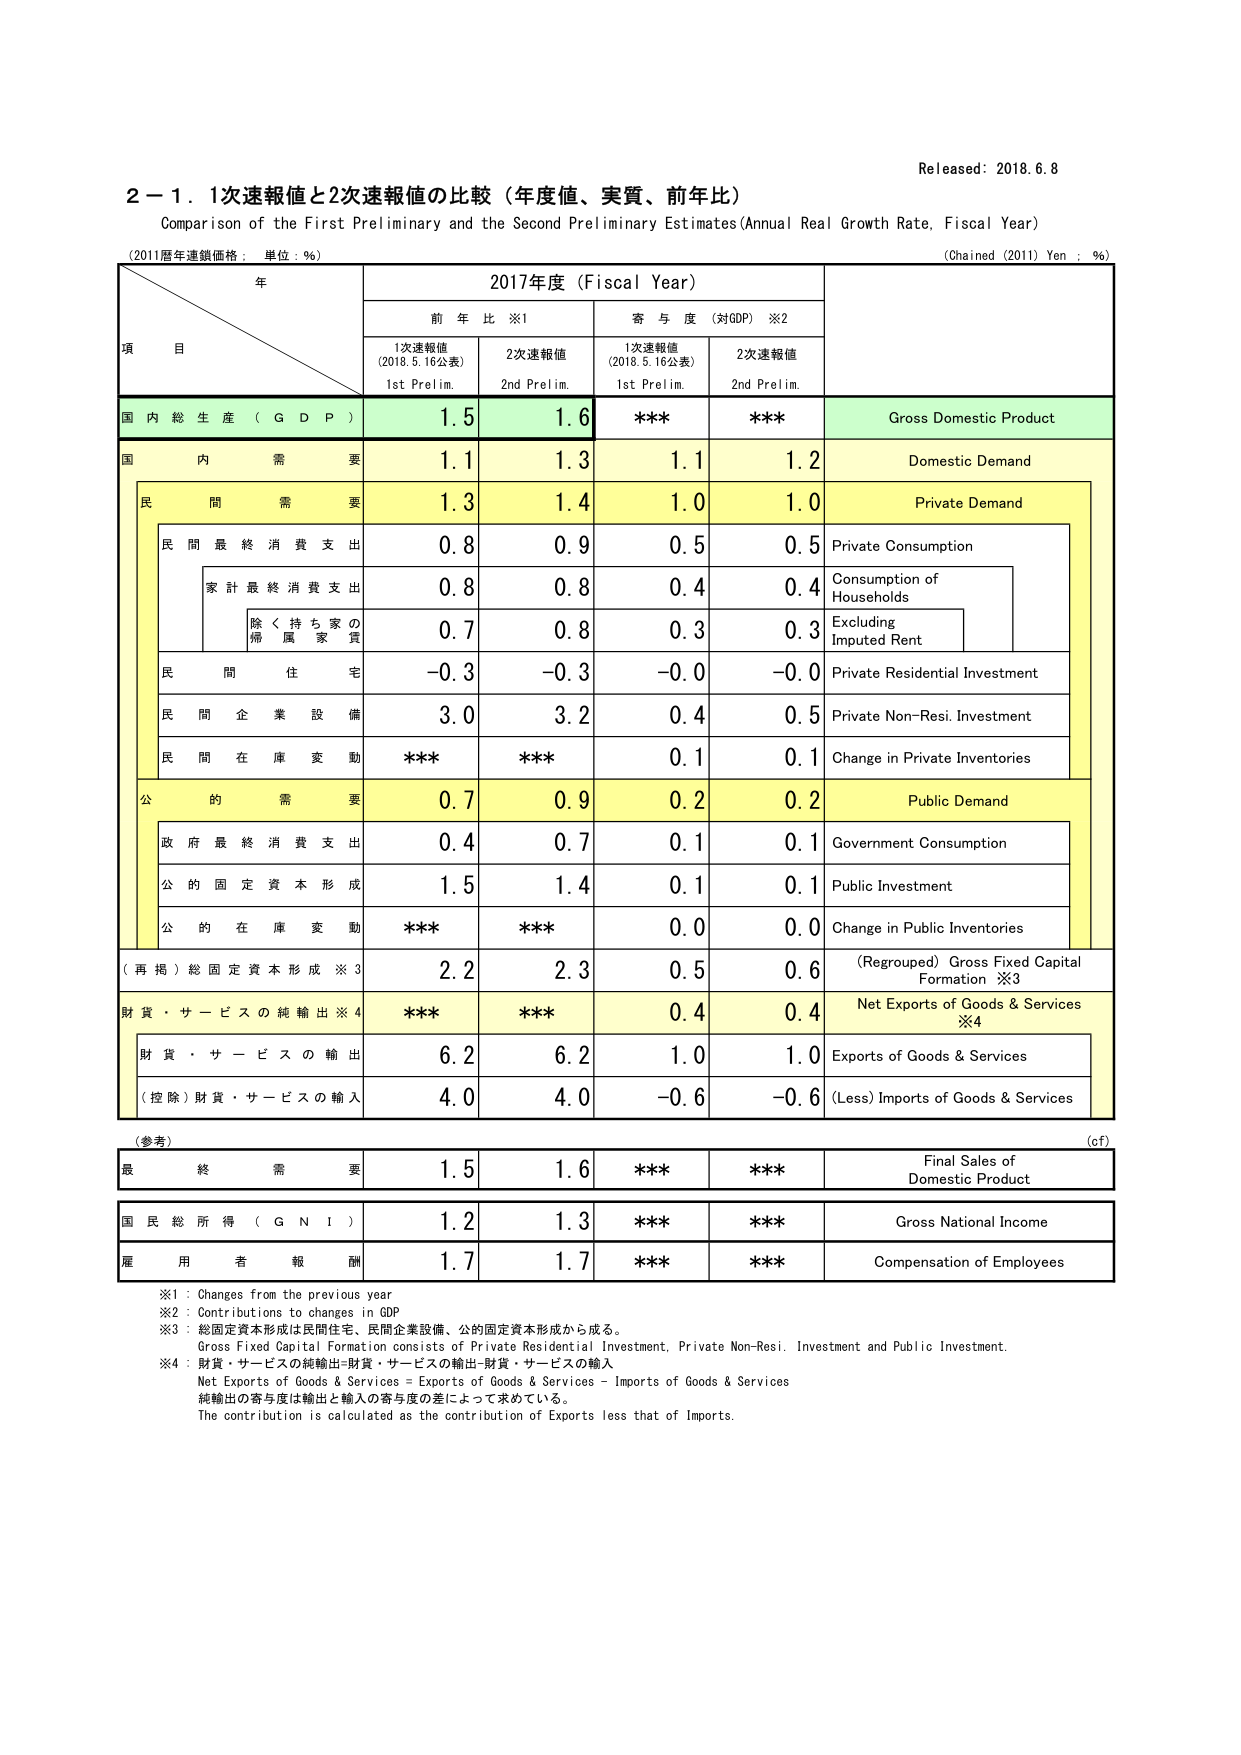
Released: 2018.6.8

2－1．1次速報値と2次速報値の比較（年度値、実質、前年比）
Comparison of the First Preliminary and the Second Preliminary Estimates (Annual Real Growth Rate, Fiscal Year)

(2011暦年連鎖価格：単位：％)
(Chained (2011) Yen : %)

年
項 目
2017年度（Fiscal Year）
前 年 比 ※1
寄 与 度（対GDP）※2
1次速報値
(2018.5.16公表)
1st Prelim.
2次速報値
2nd Prelim.
1次速報値
(2018.5.16公表)
1st Prelim.
2次速報値
2nd Prelim.

国 内 総 生 産（G D P）
1.5
1.6
***
***
Gross Domestic Product

国 内 需 要
1.1
1.3
1.1
1.2
Domestic Demand

民 間 需 要
1.3
1.4
1.0
1.0
Private Demand

民 間 最 終 消 費 支 出
0.8
0.9
0.5
0.5
Private Consumption

家 計 最 終 消 費 支 出
0.8
0.8
0.4
0.4
Consumption of Households

除 く 持 ち 家 の
帰 属 家 賃
0.7
0.8
0.3
0.3
Excluding Imputed Rent

民 間 住 宅
-0.3
-0.3
-0.0
-0.0
Private Residential Investment

民 間 企 業 設 備
3.0
3.2
0.4
0.5
Private Non-Resi. Investment

民 間 在 庫 変 動
***
***
0.1
0.1
Change in Private Inventories

公 的 需 要
0.7
0.9
0.2
0.2
Public Demand

政 府 最 終 消 費 支 出
0.4
0.7
0.1
0.1
Government Consumption

公 的 固 定 資 本 形 成
1.5
1.4
0.1
0.1
Public Investment

公 的 在 庫 変 動
***
***
0.0
0.0
Change in Public Inventories

（再 掲）総 固 定 資 本 形 成 ※3
2.2
2.3
0.5
0.6
（Regrouped）Gross Fixed Capital Formation ※3

財 貨・サ ー ビ ス の 純 輸 出 ※4
***
***
0.4
0.4
Net Exports of Goods & Services ※4

財 貨・サ ー ビ ス の 輸 出
6.2
6.2
1.0
1.0
Exports of Goods & Services

（控 除）財 貨・サ ー ビ ス の 輸 入
4.0
4.0
-0.6
-0.6
(Less) Imports of Goods & Services

（参考）
最 終 需 要
1.5
1.6
***
***
Final Sales of Domestic Product

国 民 総 所 得（G N I）
1.2
1.3
***
***
Gross National Income

雇 用 者 報 酬
1.7
1.7
***
***
Compensation of Employees

※1：Changes from the previous year
※2：Contributions to changes in GDP
※3：総固定資本形成は民間住宅、民間企業設備、公的固定資本形成から成る。
Gross Fixed Capital Formation consists of Private Residential Investment, Private Non-Resi. Investment and Public Investment.
※4：財貨・サービスの純輸出=財貨・サービスの輸出-財貨・サービスの輸入
Net Exports of Goods & Services = Exports of Goods & Services - Imports of Goods & Services
純輸出の寄与度は輸出と輸入の寄与度の差によって求めている。
The contribution is calculated as the contribution of Exports less that of Imports.